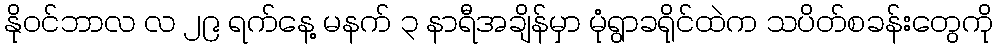
နိုဝင်ဘာလ လ ၂၉ ရက်နေ့ မနက် ၃ နာရီအချိန်မှာ မုံရွာခရိုင်ထဲက သပိတ်စခန်းတွေကို